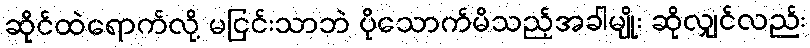
ဆိုင်ထဲရောက်လို့ မငြင်းသာဘဲ ပိုသောက်မိသည့်အခါမျိုး ဆိုလျှင်လည်း